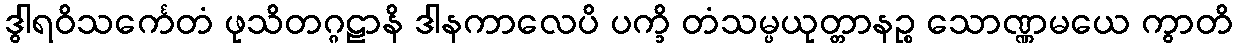
ဒွါရဝိသင်္ကေတံ ဖုသိတဂ္ဂဠာနိ ဒါနကာလေပိ ပက္ခိ တံသမ္ပယုတ္တာနဉ္စ သောဏ္ဏမယေ ကွာတိ